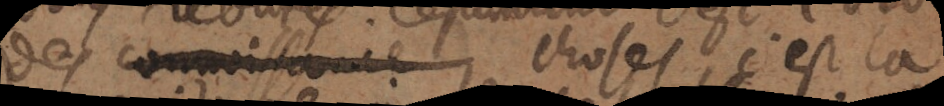
des connaissance choses, c’est la